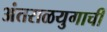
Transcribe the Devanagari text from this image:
अंतराळयुगाची